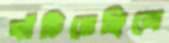
ঘাঁটিয়েছিলে